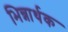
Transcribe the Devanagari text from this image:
भिन्नार्थक